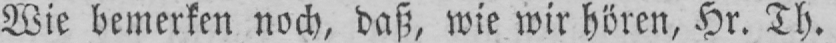
Wie bemerken noch, daß, wie wir hören, Hr. Th.